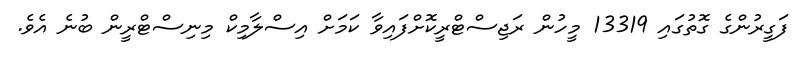
ފަގީރުންގެ ގޮތުގައި 13319 މީހުން ރަޖިސްޓްރީކޮށްފައިވާ ކަމަށް އިސްލާމިކް މިނިސްޓްރީން ބުނެ އެވެ.